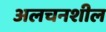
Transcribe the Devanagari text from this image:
अलचनशील